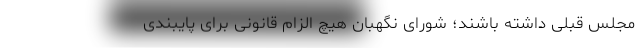
مجلس قبلی داشته باشند؛ شورای نگهبان هیچ الزام قانونی برای پایبندی